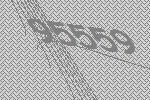
95559